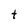
Character: t